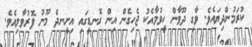
ކުުރަމުންދިޔައެވެ. ވާގި ދޫވާން ހީވުމާއެކު ޖެހިގެން އިން ގޮނޑީގައި އިށީނދެ މޫނު ފޮރުވާލިއެެވެ.